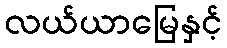
လယ်ယာမြေနှင့်